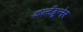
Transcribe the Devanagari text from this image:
कल्टेंब्रुन्नेर